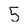
Character: 5